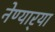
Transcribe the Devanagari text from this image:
नेण्यार्‍या